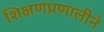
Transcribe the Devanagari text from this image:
शिक्षणप्रणालीने